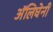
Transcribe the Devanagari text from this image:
अॅलिघेनी